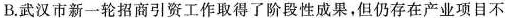
B.武汉市新一轮招商引资工作取得了阶段性成果，但仍存在产业项目不